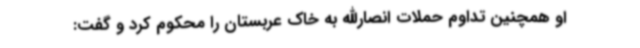
او همچنین تداوم حملات انصارالله به خاک عربستان را محکوم کرد و گفت: